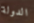
الدولة